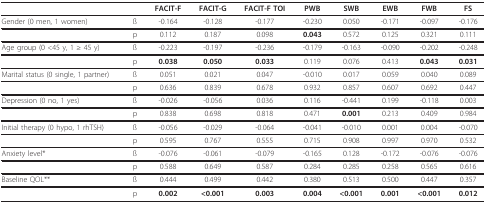
<table><thead><tr><td></td><td></td><td><b>FACIT-F</b></td><td><b>FACIT-G</b></td><td><b>FACIT-F TOI</b></td><td><b>PWB</b></td><td><b>SWB</b></td><td><b>EWB</b></td><td><b>FWB</b></td><td><b>FS</b></td></tr></thead><tbody><tr><td>Gender (0 men, 1 women)</td><td>ß</td><td>-0.164</td><td>-0.128</td><td>-0.177</td><td>-0.230</td><td>0.050</td><td>-0.171</td><td>-0.097</td><td>-0.176</td></tr><tr><td></td><td>p</td><td>0.112</td><td>0.187</td><td>0.098</td><td><b>0.043</b></td><td>0.572</td><td>0.125</td><td>0.321</td><td>0.111</td></tr><tr><td>Age group (0 &lt;45 y, 1 ≥ 45 y)</td><td>ß</td><td>-0.223</td><td>-0.197</td><td>-0.236</td><td>-0.179</td><td>-0.163</td><td>-0.090</td><td>-0.202</td><td>-0.248</td></tr><tr><td></td><td>p</td><td><b>0.038</b></td><td><b>0.050</b></td><td><b>0.033</b></td><td>0.119</td><td>0.076</td><td>0.413</td><td><b>0.043</b></td><td><b>0.031</b></td></tr><tr><td>Marital status (0 single, 1 partner)</td><td>ß</td><td>0.051</td><td>0.021</td><td>0.047</td><td>-0.010</td><td>0.017</td><td>0.059</td><td>0.040</td><td>0.089</td></tr><tr><td></td><td>p</td><td>0.636</td><td>0.839</td><td>0.678</td><td>0.932</td><td>0.857</td><td>0.607</td><td>0.692</td><td>0.447</td></tr><tr><td>Depression (0 no, 1 yes)</td><td>ß</td><td>-0.026</td><td>-0.056</td><td>0.036</td><td>0.116</td><td>-0.441</td><td>0.199</td><td>-0.118</td><td>0.003</td></tr><tr><td></td><td>p</td><td>0.838</td><td>0.698</td><td>0.818</td><td>0.471</td><td><b>0.001</b></td><td>0.213</td><td>0.409</td><td>0.984</td></tr><tr><td>Initial therapy (0 hypo, 1 rhTSH)</td><td>ß</td><td>-0.056</td><td>-0.029</td><td>-0.064</td><td>-0.041</td><td>-0.010</td><td>0.001</td><td>0.004</td><td>-0.070</td></tr><tr><td></td><td>p</td><td>0.595</td><td>0.767</td><td>0.555</td><td>0.715</td><td>0.908</td><td>0.997</td><td>0.970</td><td>0.532</td></tr><tr><td>Anxiety level*</td><td>ß</td><td>-0.076</td><td>-0.061</td><td>-0.079</td><td>-0.165</td><td>0.128</td><td>-0.172</td><td>-0.076</td><td>-0.076</td></tr><tr><td></td><td>p</td><td>0.588</td><td>0.649</td><td>0.587</td><td>0.284</td><td>0.285</td><td>0.258</td><td>0.565</td><td>0.616</td></tr><tr><td>Baseline QOL**</td><td>ß</td><td>0.444</td><td>0.499</td><td>0.442</td><td>0.380</td><td>0.513</td><td>0.500</td><td>0.447</td><td>0.357</td></tr><tr><td></td><td>p</td><td><b>0.002</b></td><td><b>&lt;0.001</b></td><td><b>0.003</b></td><td><b>0.004</b></td><td><b>&lt;0.001</b></td><td><b>0.001</b></td><td><b>&lt;0.001</b></td><td><b>0.012</b></td></tr></tbody></table>